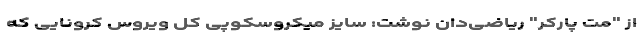
از "مت پارکر" ریاضی‌دان نوشت: سایز میکروسکوپی کل ویروس کرونایی که